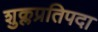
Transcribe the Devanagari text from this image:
शुक्लप्रतिपदा